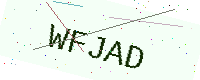
Text: WFJAD